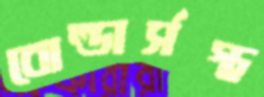
বোল্ডার্সস্থ